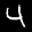
Label: 4